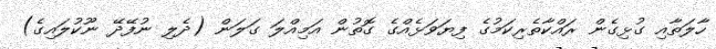
ހާލަތާއި ގުޅިގެން ރައްކާތެރިކަމުގެ ފިޔަވަޅެއްގެ ގޮތުން އަމިއްލަ ގަލަން (ދެލި ނުފޭދޭ ނޫކުލައިގެ)